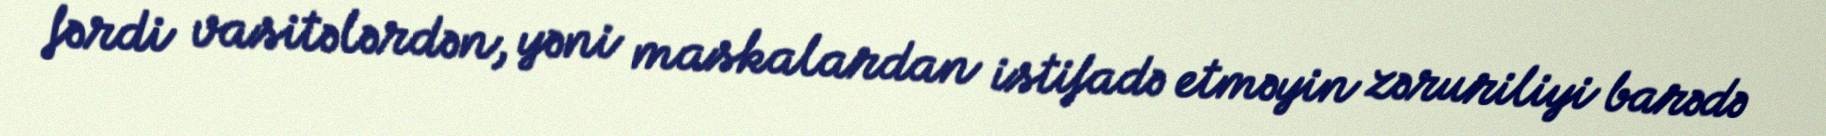
fərdi vasitələrdən, yəni maskalardan istifadə etməyin zəruriliyi barədə